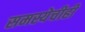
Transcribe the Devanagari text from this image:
समस्येचीही